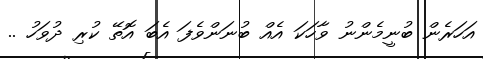
އަހަރެން ބުނީމެންނު ވާހަކަ އެއް ބުނަންވެފަ އެބަ އޮތޭ ކުރި ދުވަހު ..